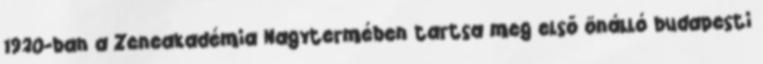
1920-ban a Zeneakadémia Nagytermében tartsa meg első önálló budapesti